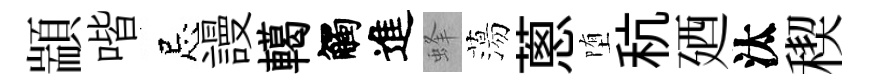
顓喈忌謾轕觸進蜂蕩蔥堕秔廼汰稧